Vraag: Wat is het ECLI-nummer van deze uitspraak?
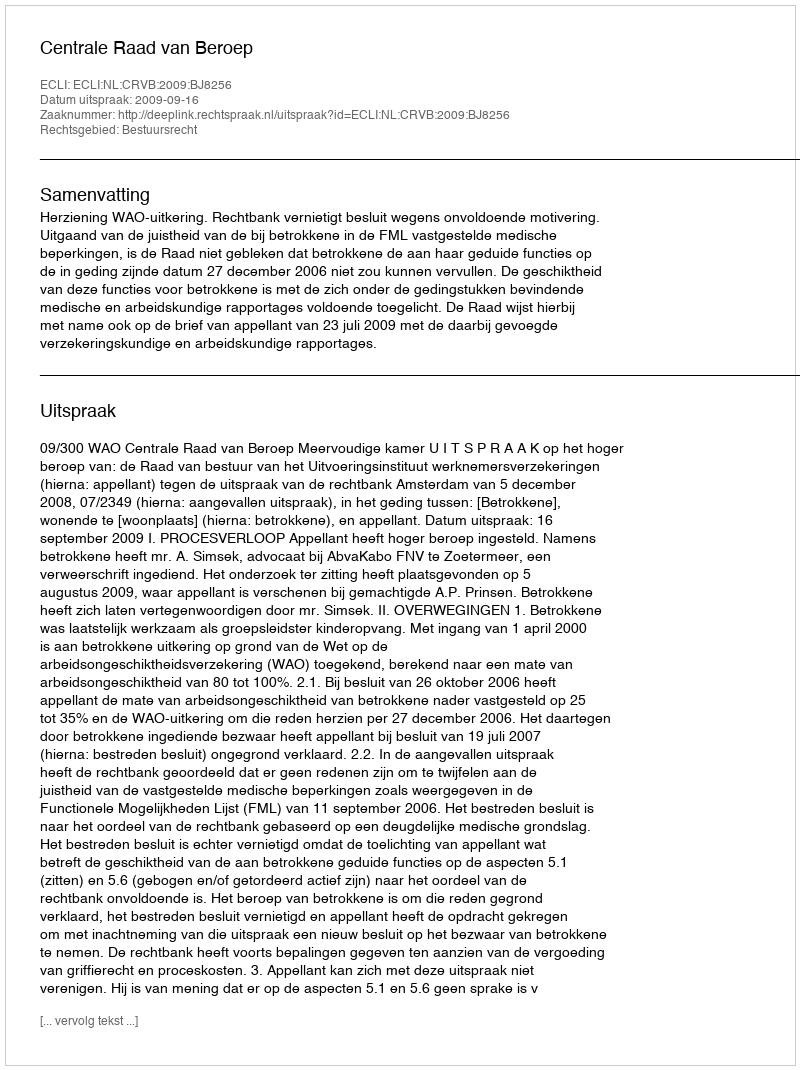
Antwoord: ECLI:NL:CRVB:2009:BJ8256